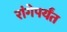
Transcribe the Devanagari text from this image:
रांगेपर्यंत